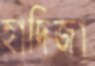
হাদিজা